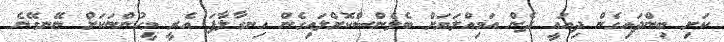
ކަށި ބިންދައިގެން ދިއައީ ދެން އަމިއްލަޔަށް ބެލެންސްކޮށްލައިގެން ހިނގާލާފަ އެރީ މީހުންނަކަށް ނޭނގޭނެ